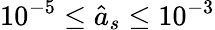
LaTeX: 10^{-5}\leq\hat{a}_{s}\leq 10^{-3}